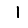
Digit: 1